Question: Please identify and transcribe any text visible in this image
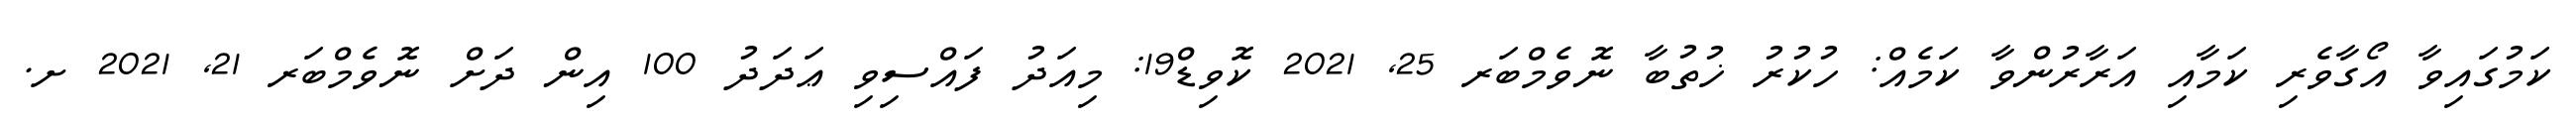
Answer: ކަމުގައިވާ އޯގާވެރި ކަމާއި އަރާރުންވާ ކަމެއް: ހުކުރު ޚުތުބާ ނޮވެމްބަރ 25, 2021 ކޮވިޑް19: މިއަދު ފައްސިވި ޢަދަދު 100 އިން ދަށް ނޮވެމްބަރ 21, 2021 ށ.